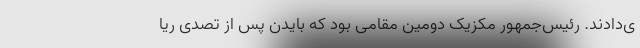
ی‌دادند. رئیس‌جمهور مکزیک دومین مقامی بود که بایدن پس از تصدی ریا